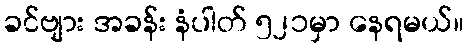
ခင်ဗျား အခန်း နံပါတ် ၅၂၁မှာ နေရမယ်။